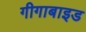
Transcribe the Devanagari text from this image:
गीगाबाइड